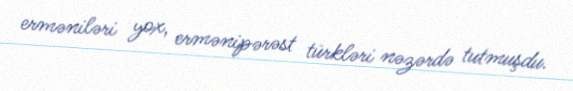
erməniləri yox, ermənipərəst türkləri nəzərdə tutmuşdu.